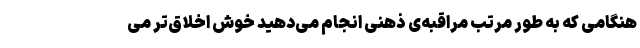
هنگامی که به طور مرتب مراقبه‌ی ذهنی انجام می‌دهید خوش اخلاق‌تر می